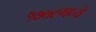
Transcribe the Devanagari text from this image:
१७७८मध्ये